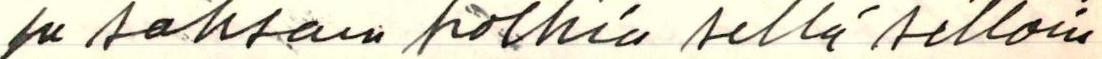
 ja saksan polkia sillä silloin